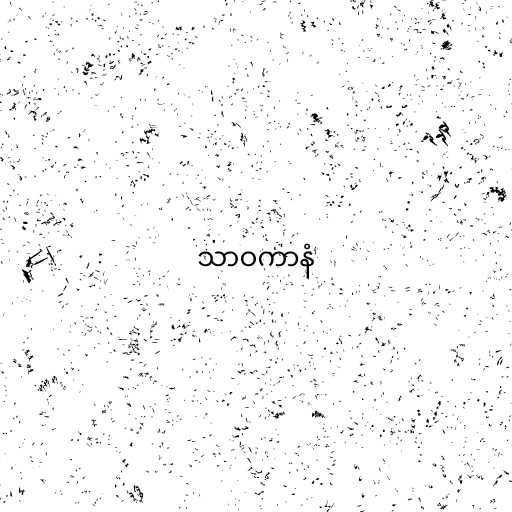
သာဝကာနံ